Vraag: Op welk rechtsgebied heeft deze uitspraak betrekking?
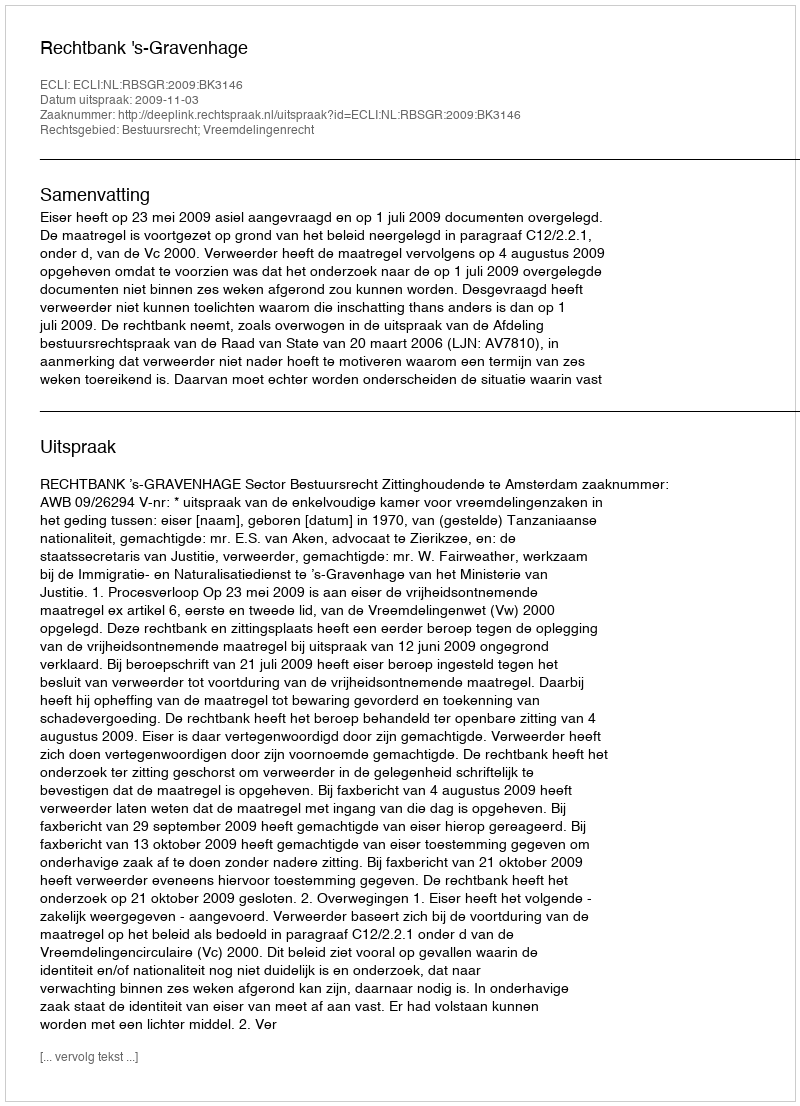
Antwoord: Bestuursrecht; Vreemdelingenrecht